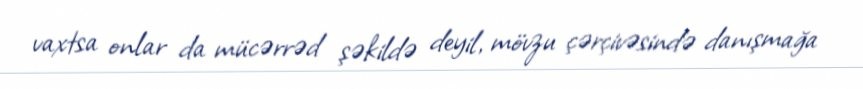
vaxtsa onlar da mücərrəd şəkildə deyil, mövzu çərçivəsində danışmağa